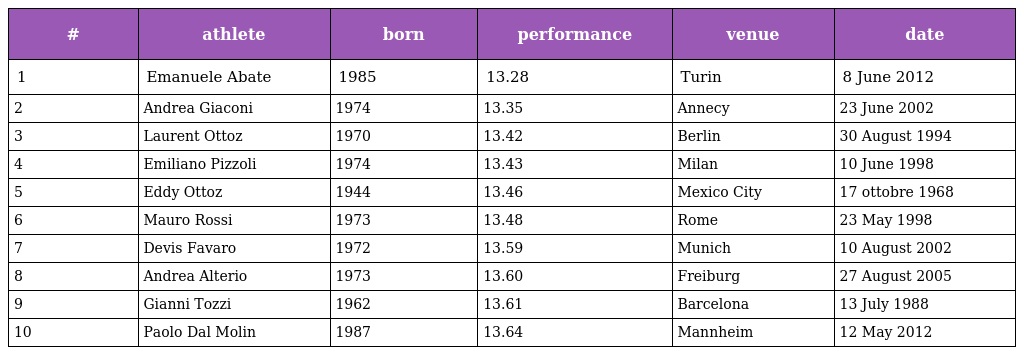
| # | athlete | born | performance | venue | date |
 | --- | --- | --- | --- | --- | --- |
 | 1 | Emanuele Abate | 1985 | 13.28 | Turin | 8 June 2012 |
 | 2 | Andrea Giaconi | 1974 | 13.35 | Annecy | 23 June 2002 |
 | 3 | Laurent Ottoz | 1970 | 13.42 | Berlin | 30 August 1994 |
 | 4 | Emiliano Pizzoli | 1974 | 13.43 | Milan | 10 June 1998 |
 | 5 | Eddy Ottoz | 1944 | 13.46 | Mexico City | 17 ottobre 1968 |
 | 6 | Mauro Rossi | 1973 | 13.48 | Rome | 23 May 1998 |
 | 7 | Devis Favaro | 1972 | 13.59 | Munich | 10 August 2002 |
 | 8 | Andrea Alterio | 1973 | 13.60 | Freiburg | 27 August 2005 |
 | 9 | Gianni Tozzi | 1962 | 13.61 | Barcelona | 13 July 1988 |
 | 10 | Paolo Dal Molin | 1987 | 13.64 | Mannheim | 12 May 2012 |